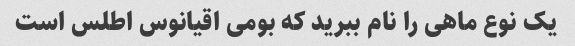
یک نوع ماهی را نام ببرید که بومی اقیانوس اطلس است